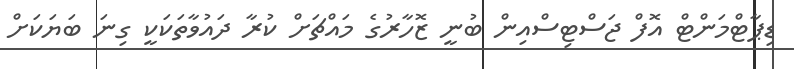
ޑިޕާޓްމަންޓް އޮފް ޖަސްޓިސްއިން ބުނީ ޒޮހާރުގެ މައްޗަށް ކުރާ ދައުވާތަކަކީ ގިނަ ބަޔަކަށް